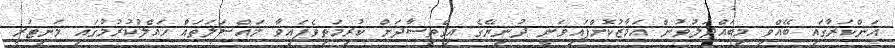
އަންކަރާގައި ބޭއްވި މިބައްދަލުވުން އަމާޒުކޮށްފައިވަނީ ދުނިޔޭގެ އިގްތިސާދަށް ކުރިމަތިވެފައިވާ މައްސަލަތައް ހައްލުކުރުމުގައި މަނިޓަރީ